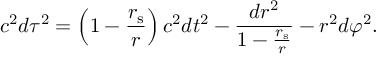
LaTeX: c ^ { 2 } d \tau ^ { 2 } = \left( 1 - { \frac { r _ { \mathrm { { s } } } } { r } } \right) c ^ { 2 } d t ^ { 2 } - { \frac { d r ^ { 2 } } { 1 - { \frac { r _ { \mathrm { { s } } } } { r } } } } - r ^ { 2 } d \varphi ^ { 2 } .